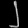
Digit: ၂